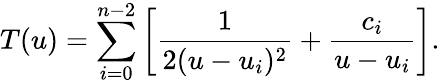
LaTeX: T(u)=\sum_{i=0}^{n-2}\left[{\frac{1}{2(u-u_{i})^{2}}}+{\frac{c_{i}}{u-u_{i}}}\right].